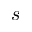
s